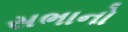
સભાનો